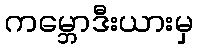
ကမ္ဘောဒီးယားမှ